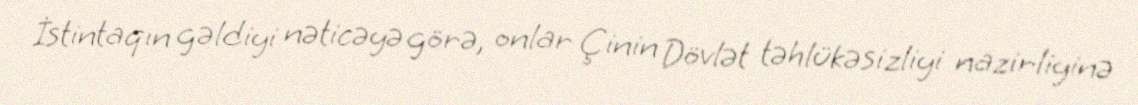
İstintaqın gəldiyi nəticəyə görə, onlar Çinin Dövlət təhlükəsizliyi nazirliyinə